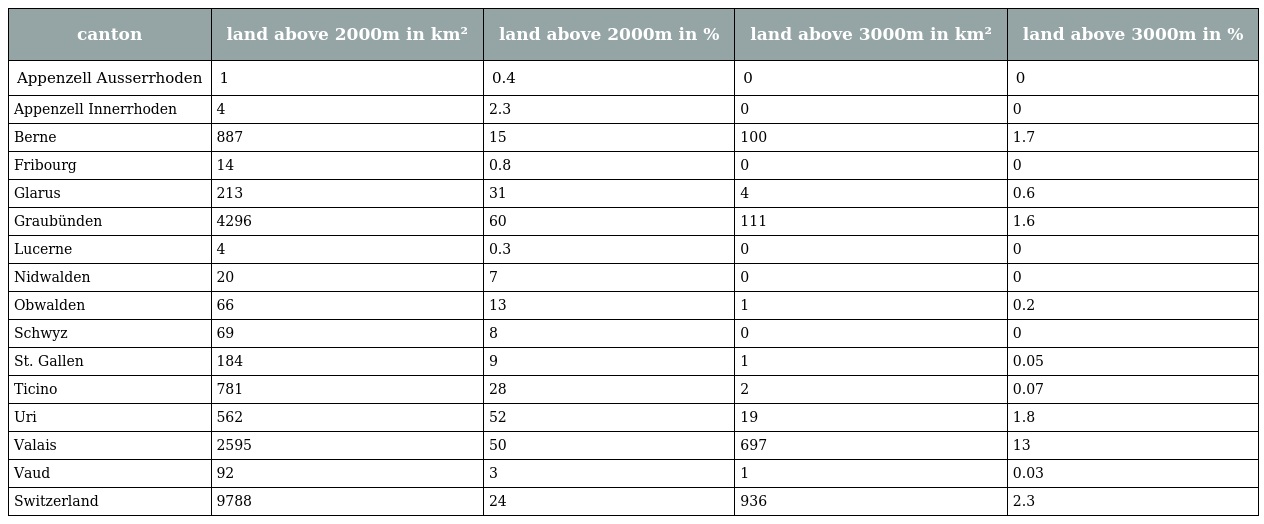
| canton | land above 2000m in km² | land above 2000m in % | land above 3000m in km² | land above 3000m in % |
 | --- | --- | --- | --- | --- |
 | Appenzell Ausserrhoden | 1 | 0.4 | 0 | 0 |
 | Appenzell Innerrhoden | 4 | 2.3 | 0 | 0 |
 | Berne | 887 | 15 | 100 | 1.7 |
 | Fribourg | 14 | 0.8 | 0 | 0 |
 | Glarus | 213 | 31 | 4 | 0.6 |
 | Graubünden | 4296 | 60 | 111 | 1.6 |
 | Lucerne | 4 | 0.3 | 0 | 0 |
 | Nidwalden | 20 | 7 | 0 | 0 |
 | Obwalden | 66 | 13 | 1 | 0.2 |
 | Schwyz | 69 | 8 | 0 | 0 |
 | St. Gallen | 184 | 9 | 1 | 0.05 |
 | Ticino | 781 | 28 | 2 | 0.07 |
 | Uri | 562 | 52 | 19 | 1.8 |
 | Valais | 2595 | 50 | 697 | 13 |
 | Vaud | 92 | 3 | 1 | 0.03 |
 | Switzerland | 9788 | 24 | 936 | 2.3 |